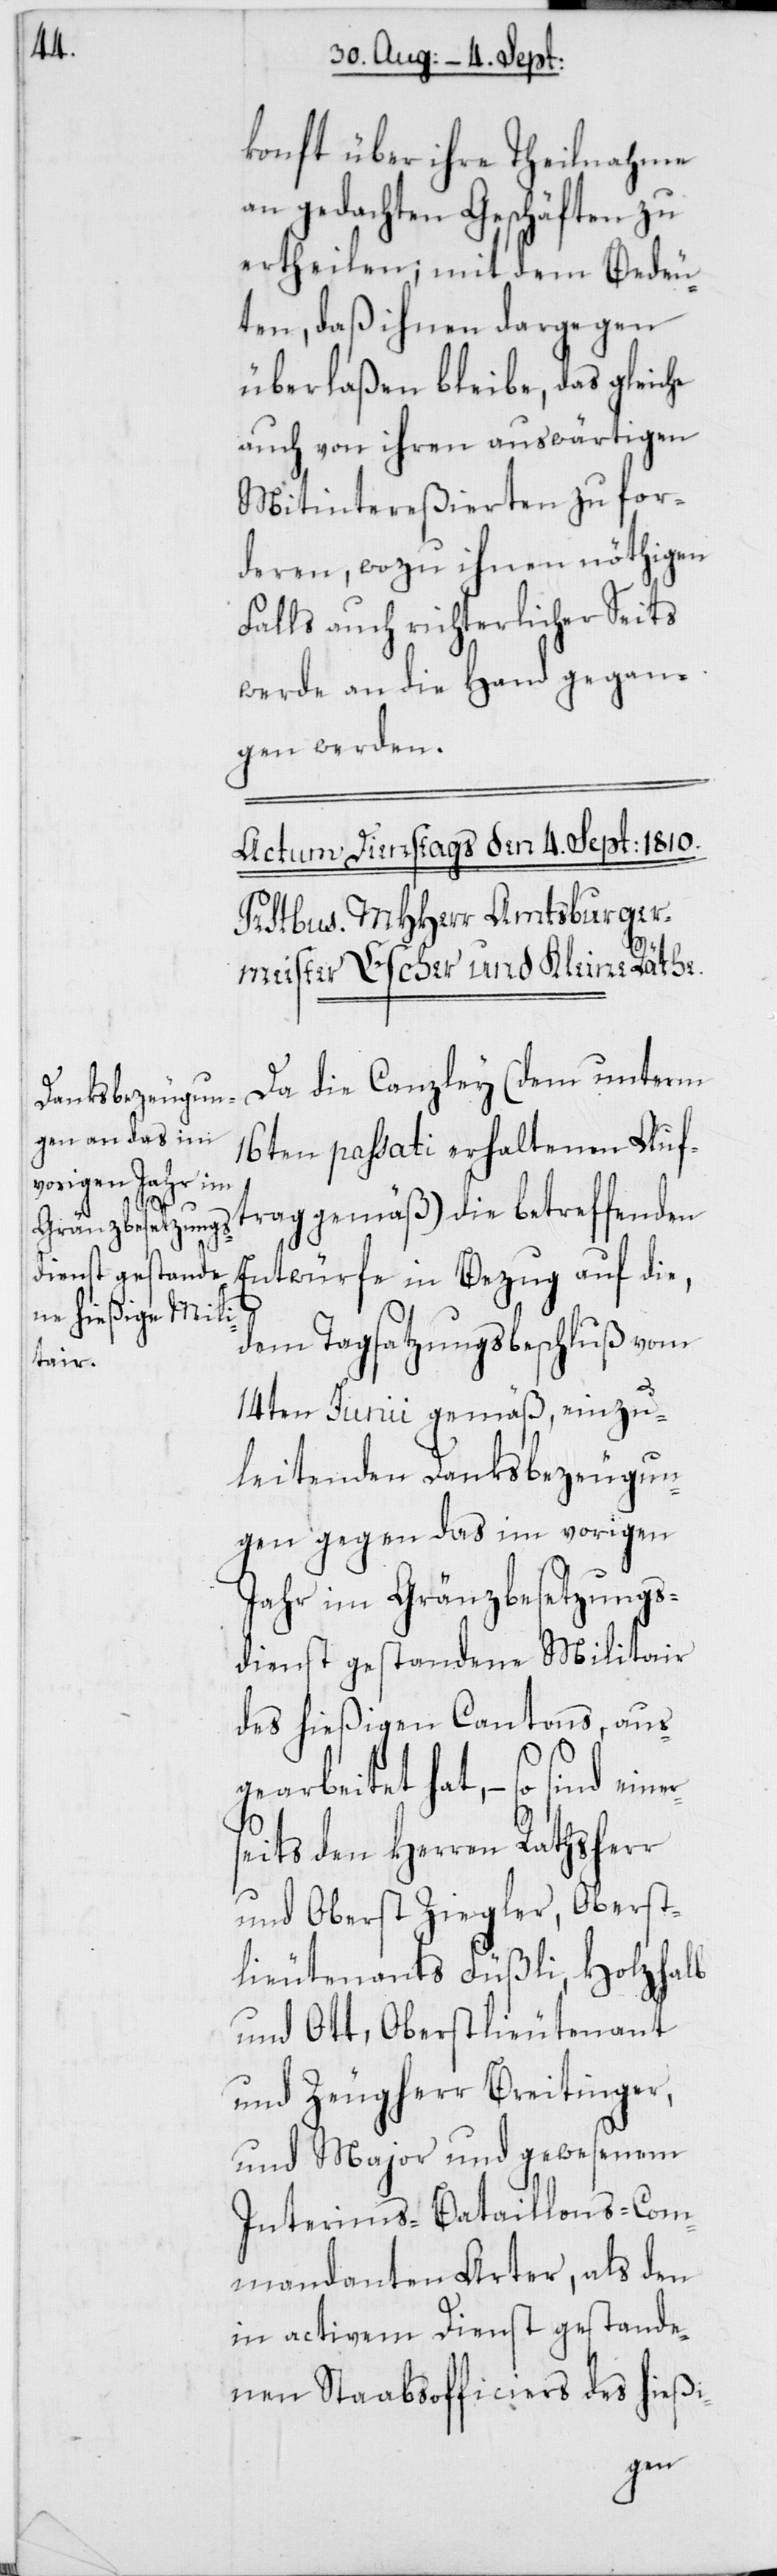
einers¬

konft über ihre Theilnahme
an gedachten Geschäften zu
ertheilen; mit dem Bedeu¬
ten, daß ihnen dargegen
überlaßen bleibe, das Gleiche
auch von ihren auswärtigen
Mitintereßierten zu for¬
deren, wozu ihnen nöthigen
Falls auch richterlicher Seits
werde an die Hand gegan¬
gen werden.
Da die Canzley (dem unterm
16ten passati erhaltenen Auf¬
trag gemäß) die betreffenden
Entwürfe in Bezug auf die,
dem Tagsatzungsbeschluß vom
14ten Junii gemäß, einzu¬
leitenden Danksbezeugun¬
gen gegen das im vorigen
Jahr im Gränzbesetzungs¬
dienst gestandene Militair
des hießigen Cantons, aus¬
gearbeitet hat, – so sind
eits den Herren Rathsherr
und Oberst Ziegler, Oberst¬
lieutenants Füßli, Holzhalb
und Ott, Oberstlieutenant
und Zeugherr Breitinger,
und Major und gewesenem
Interims-Bataillons-Com¬
mandanten Arter, als den
in activem Dienst gestande¬
nen Stabsofficiers des hießi-